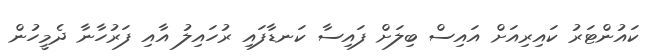
ކައުންޓަރު ކައިރިއަށް އައިސް ބިލަށް ފައިސާ ކަނޑާފައި ރުހައިލު އާއި ފަރުހާނާ ދެމީހުން